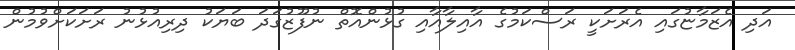
އަދި އެޒަމާޏުގައި އެރަށަކީ ރަސްކަމުގެ އާއިލާއާއި ގުޅުންއޮތް ނުފޫޒުގަދަ ބަޔަކު ދިރިއުޅުނު ރަށަކަށްވުމުން